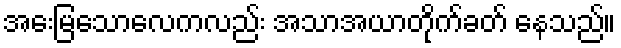
အေးမြသောလေကလည်း အသာအယာတိုက်ခတ် နေသည်။